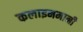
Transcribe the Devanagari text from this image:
कलाइममानी